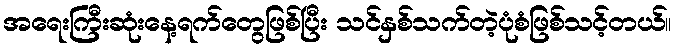
အရေးကြီးဆုံးနေ့ရက်တွေဖြစ်ပြီး သင်နှစ်သက်တဲ့ပုံစံဖြစ်သင့်တယ်။